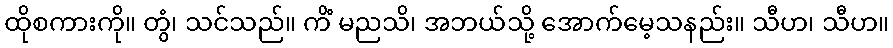
ထိုစကားကို။ တွံ၊ သင်သည်။ ကိံ မညသိ၊ အဘယ်သို့ အောက်မေ့သနည်း။ သီဟ၊ သီဟ။